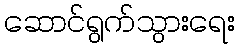
ဆောင်ရွက်သွားရေး